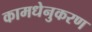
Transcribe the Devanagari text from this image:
कामधेनुकरण